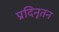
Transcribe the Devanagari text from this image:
प्रदिनूतन